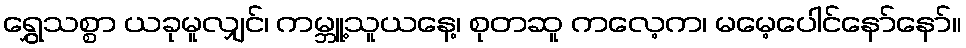
ရွှေသစ္စာ ယခုမူလျှင်၊ ကမ္ဘူ့သူယနေ့၊ စုတဆူ ကလေ့က၊ မမေ့ပေါင်နော်နော်။